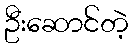
ဦးဆောင်တဲ့